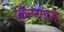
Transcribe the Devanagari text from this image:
किंग्गडम